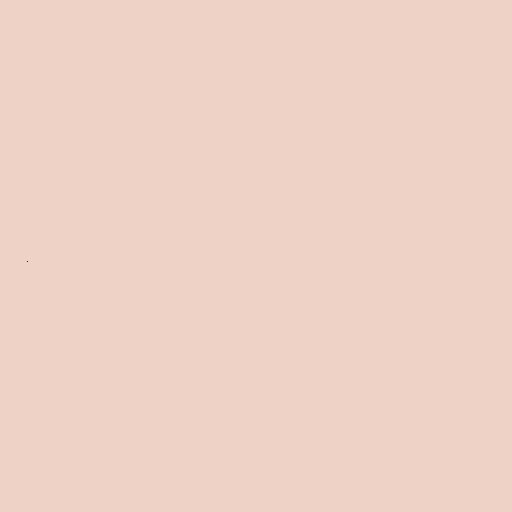
.